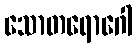
သောတရောဂေါ